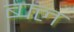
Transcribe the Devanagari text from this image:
ब्फ्ल